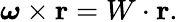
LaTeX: {\boldsymbol{\omega}}\times\mathbf{r}=W\cdot\mathbf{r}.